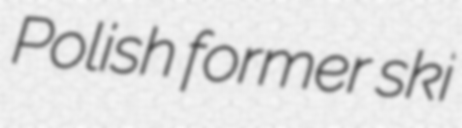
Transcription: Polish former ski